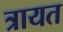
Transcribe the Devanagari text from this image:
त्रायत